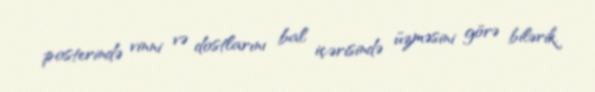
posterində vinni və dostlarını bal içərisində üzməsini görə bilərik.